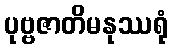
ပုဗ္ဗဇာတိမနုဿရုံ